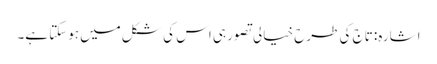
اشارہ: تاج کی طرح خیالی تصور ہی اس کی شکل میں ہوسکتا ہے۔